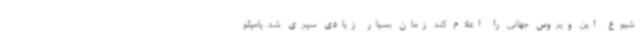
شیوع این ویروس جهانی را اعلام کند زمان بسیار زیادی سپری شد. پامپئو